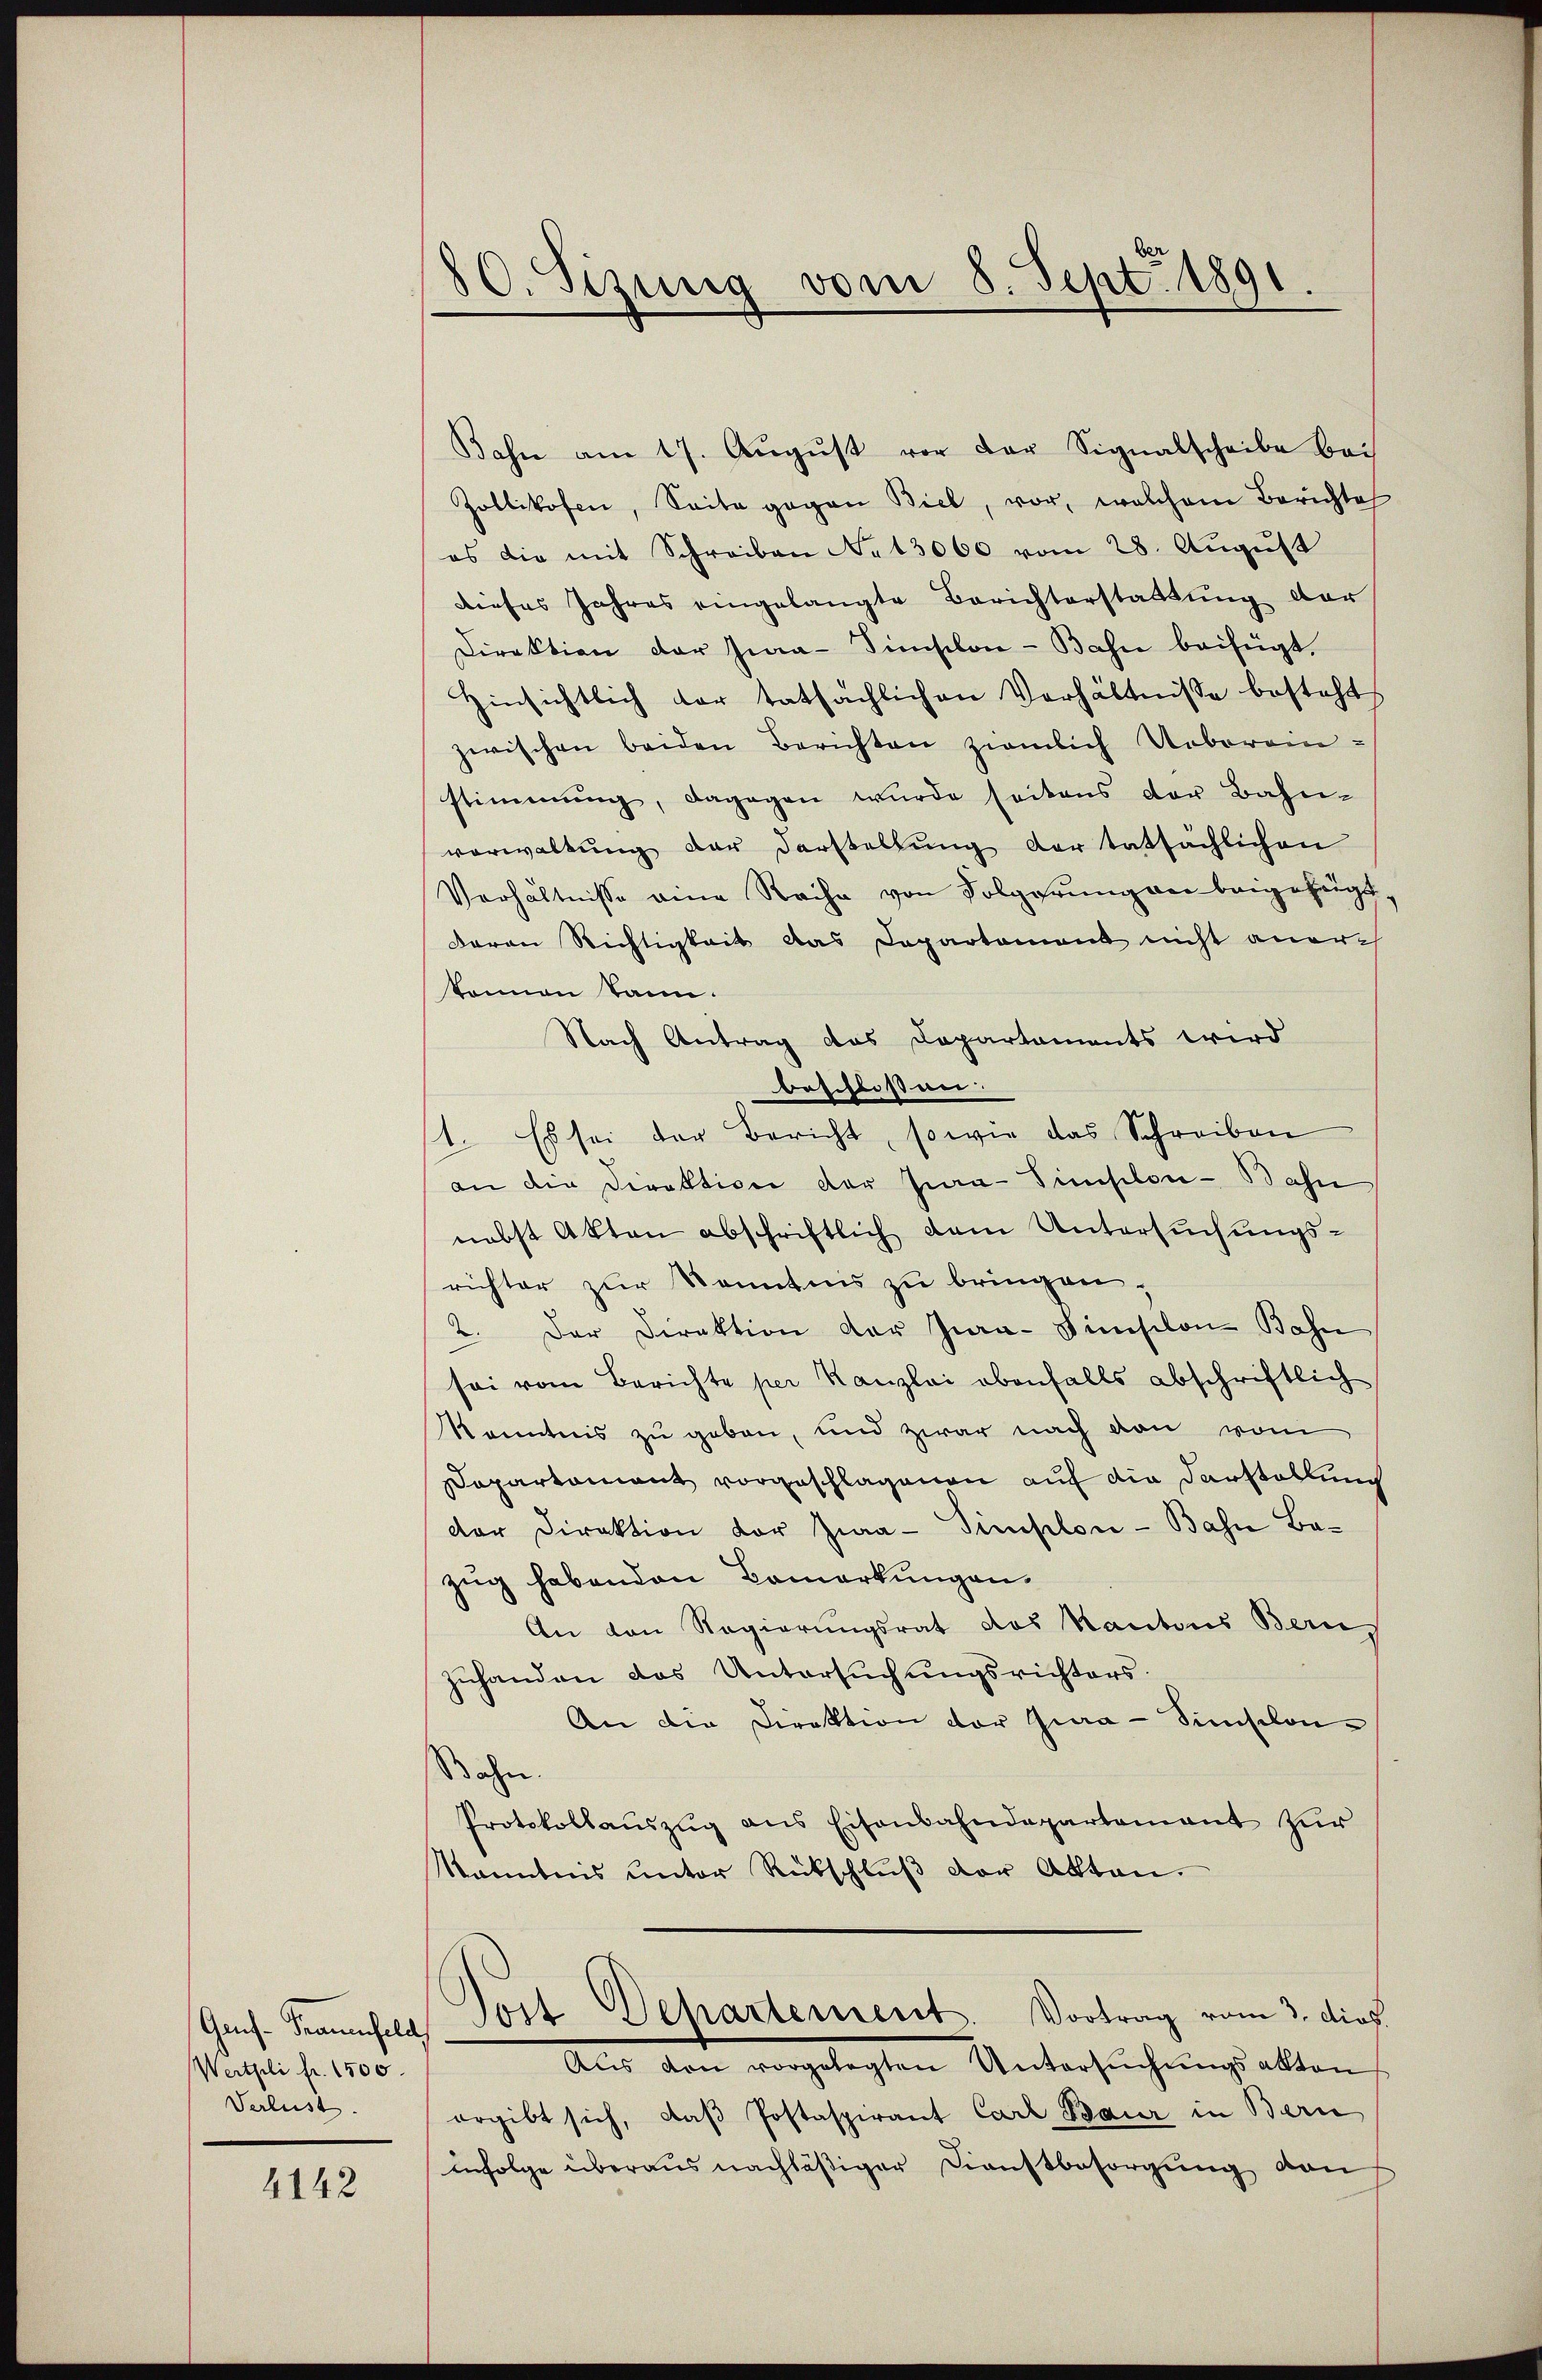
Gas- Frauenfeld
Wertholi fr. 1500.
Verlust.

4142

80. Sizung vom 8. Sept. 1891.

Bahn am 17. Aŭgŭst vor der Signalscheibe bei
Zollikofen, Seite gegen Biel, vor, welchem Berichte
es die mit Schreiben No 13000 vom 28. August
dieses Jahres eingelangte Berichterstattŭng der
Direktion der Hia-Simischon - Bahn beifügt.
Hinsichtlich der tatsächlichen Verhältnisse besteht
zwischen beiden Berichten zimlich Uebereinstimmung, dagegen wurde seitens der Bahn-
vorwaltŭng der Darstellŭng der tatsächlichen
Verhältnisse eine Rache von Folgerung an beigefügt,
daron Richtigkeit das Departement nicht aner-
können kann.
Nach Antrag das Departaments wird
beschlossen:
1. Es sei der Bericht, sowie das Schreiben
an die Direktion der Jura-Simplon-Bahn
nebst Akten abschriftlich dem Untersuchungsrichter zur Kenntnis zu bringen,
2. Der Direktion der Jura-Finslon Bahn
sei vom Berichte per Kanzlei obenfalls abschriftlich
Kenntnis zu geben, und zwar nach von vom
Departament vorgeschlagenen auf die Darstellung
der Direktion der Jura - Simplon - Bahn Bazug habenden Bemerkungen.
An von Regierungsrat das Kantons Beric
zŭhanden das Untersŭchŭngsrichters.
An die Direktion der Qua-Simsclon-
Bahn
Protokollaŭszŭg ans Eisenbahndepartement zŭr
kanntnis unter Rückschlŭβ der Akten.
Jost Dehartement. Vortrag vom 3. dies
Aus den vorgelegten Untersuchungsalten,
ergibt sich, daß Postaspirant Carl Baur in Bern
infolge überaus nachläßiger Dienstbesorgung von